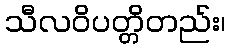
သီလဝိပတ္တိတည်း၊